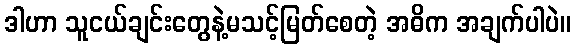
ဒါဟာ သူငယ်ချင်းတွေနဲ့မသင့်မြတ်စေတဲ့ အဓိက အချက်ပါပဲ။